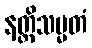
နတ္ထိသမ္မတံ